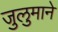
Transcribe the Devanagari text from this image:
जुलुमाने